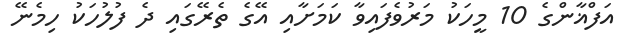
އަފްޣާންގެ 10 މީހަކު މަރުވެފައިވާ ކަމަށާއި އޭގެ ތެރޭގައި ދެ ފުލުހަކު ހިމެނޭ